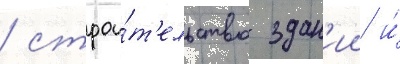
/ строи́т'ельство здан'ии и́